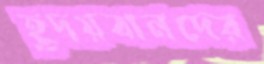
হূদয়বানদের